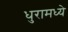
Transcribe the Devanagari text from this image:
धुरामध्ये